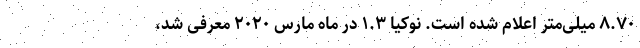
۸.۷۰ میلی‌متر اعلام شده است. نوکیا ۱.۳ در ماه مارس ۲۰۲۰ معرفی شد،